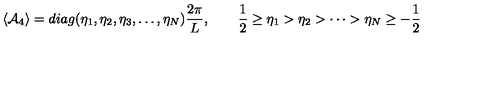
\langle { \cal A } _ { 4 } \rangle = d i a g ( \eta _ { 1 } , \eta _ { 2 } , \eta _ { 3 } , \dots , \eta _ { N } ) \frac { 2 \pi } { L } , \qquad \frac { 1 } { 2 } \ge \eta _ { 1 } > \eta _ { 2 } > \cdots > \eta _ { N } \ge - \frac { 1 } { 2 }